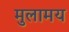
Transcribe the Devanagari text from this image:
मुलामय